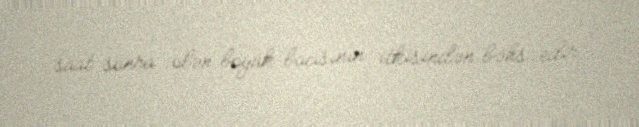
saat sonra ölən böyük bacısının itkisindən bəhs edir.